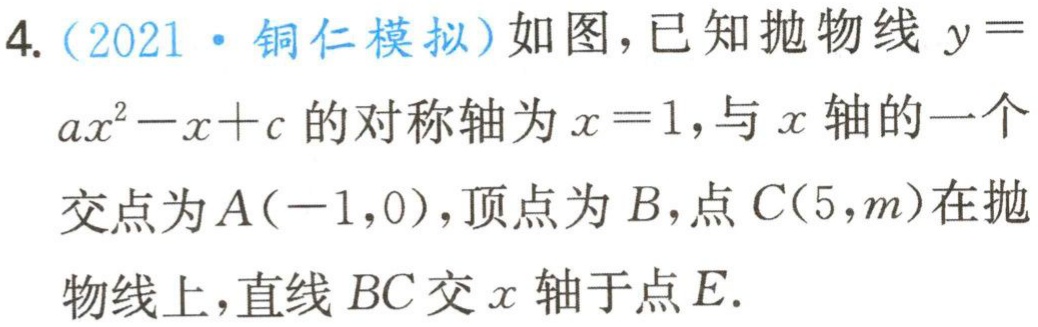
4.（2021·铜仁模拟）如图，已知抛物线 \(y = ax^{2}-x + c\) 的对称轴为 \(x = 1\)，与 \(x\) 轴的一个交点为 \(A(-1,0)\)，顶点为 \(B\)，点 \(C(5,m)\)在抛物线上，直线 \(BC\) 交 \(x\) 轴于点 \(E\).